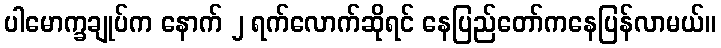
ပါမောက္ခချုပ်က နောက် ၂ ရက်လောက်ဆိုရင် နေပြည်တော်ကနေပြန်လာမယ်။